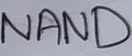
Text: NAND